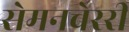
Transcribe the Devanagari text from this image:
सेमनचेररी